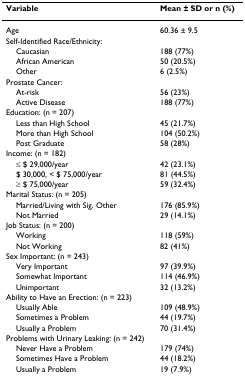
| Variable | Mean ± SD or n (%) |
 | --- | --- |
 | Age | 60.36 ± 9.5 |
 | Self-Identified Race/Ethnicity: |  |
 | Caucasian | 188 (77%) |
 | African American | 50 (20.5%) |
 | Other | 6 (2.5%) |
 | Prostate Cancer: |  |
 | At-risk | 56 (23%) |
 | Active Disease | 188 (77%) |
 | Education: (n = 207) |  |
 | Less than High School | 45 (21.7%) |
 | More than High School | 104 (50.2%) |
 | Post Graduate | 58 (28%) |
 | Income: (n = 182) |  |
 | ≤ $ 29,000/year | 42 (23.1%) |
 | $ 30,000, < $ 75,000/year | 81 (44.5%) |
 | ≥ $ 75,000/year | 59 (32.4%) |
 | Marital Status: (n = 205) |  |
 | Married/Living with Sig. Other | 176 (85.9%) |
 | Not Married | 29 (14.1%) |
 | Job Status: (n = 200) |  |
 | Working | 118 (59%) |
 | Not Working | 82 (41%) |
 | Sex Important: (n = 243) |  |
 | Very Important | 97 (39.9%) |
 | Somewhat Important | 114 (46.9%) |
 | Unimportant | 32 (13.2%) |
 | Ability to Have an Erection: (n = 223) |  |
 | Usually Able | 109 (48.9%) |
 | Sometimes a Problem | 44 (19.7%) |
 | Usually a Problem | 70 (31.4%) |
 | Problems with Urinary Leaking: (n = 242) |  |
 | Never Have a Problem | 179 (74%) |
 | Sometimes Have a Problem | 44 (18.2%) |
 | Usually a Problem | 19 (7.9%) |